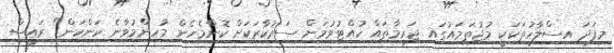
މިފަދަ އިސްލާހުތަކަކީ މުޖުތަމައުގައި ޖަރީމާތައް ހުއްޓުވުމަށް ސަރުކާރަކަށް ކޮންމެހެން މުހިންމުވާނެ ކަންކަން" ރައީސް